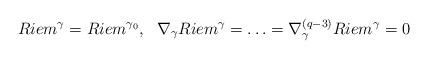
LaTeX: \begin{align*}Riem^\gamma=Riem^{\gamma_0}, \ \ \nabla_{\gamma} Riem^{\gamma} =\ldots=\nabla^{(q-3)}_{\gamma}Riem^{\gamma}=0\end{align*}